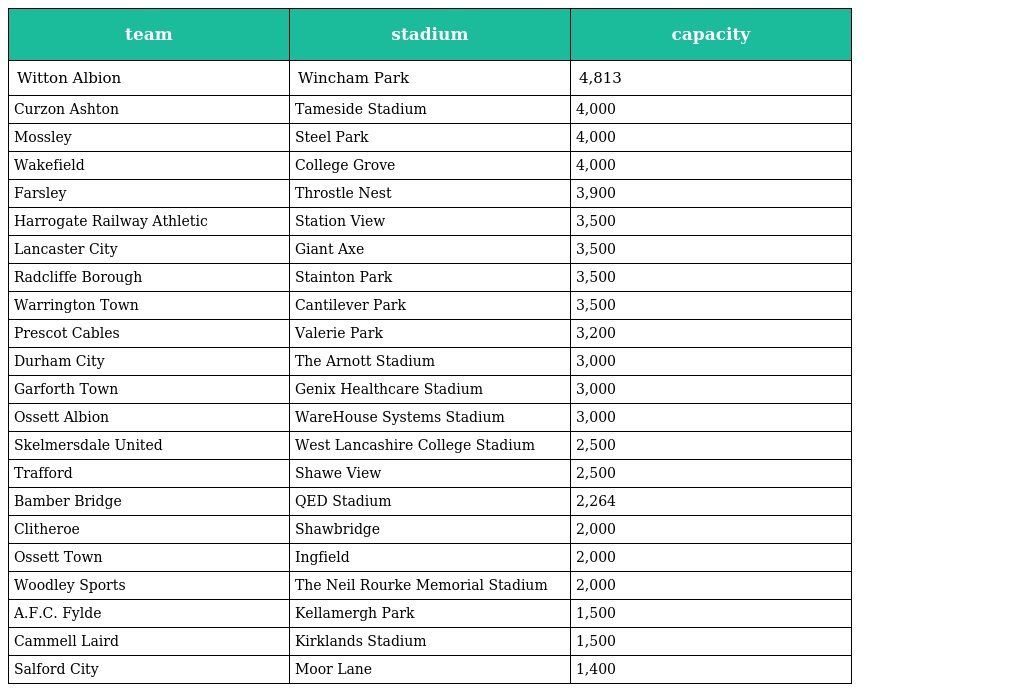
| team | stadium | capacity |
 | --- | --- | --- |
 | Witton Albion | Wincham Park | 4,813 |
 | Curzon Ashton | Tameside Stadium | 4,000 |
 | Mossley | Steel Park | 4,000 |
 | Wakefield | College Grove | 4,000 |
 | Farsley | Throstle Nest | 3,900 |
 | Harrogate Railway Athletic | Station View | 3,500 |
 | Lancaster City | Giant Axe | 3,500 |
 | Radcliffe Borough | Stainton Park | 3,500 |
 | Warrington Town | Cantilever Park | 3,500 |
 | Prescot Cables | Valerie Park | 3,200 |
 | Durham City | The Arnott Stadium | 3,000 |
 | Garforth Town | Genix Healthcare Stadium | 3,000 |
 | Ossett Albion | WareHouse Systems Stadium | 3,000 |
 | Skelmersdale United | West Lancashire College Stadium | 2,500 |
 | Trafford | Shawe View | 2,500 |
 | Bamber Bridge | QED Stadium | 2,264 |
 | Clitheroe | Shawbridge | 2,000 |
 | Ossett Town | Ingfield | 2,000 |
 | Woodley Sports | The Neil Rourke Memorial Stadium | 2,000 |
 | A.F.C. Fylde | Kellamergh Park | 1,500 |
 | Cammell Laird | Kirklands Stadium | 1,500 |
 | Salford City | Moor Lane | 1,400 |